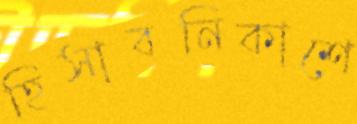
হিসাবনিকাশে